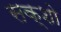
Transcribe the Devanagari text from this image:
सक्शो